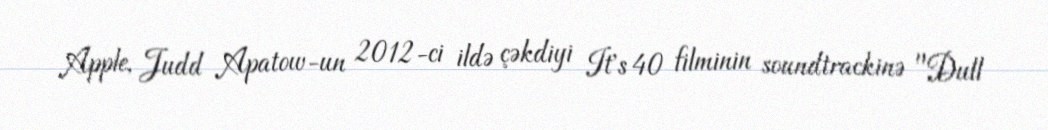
Apple, Judd Apatow-un 2012-ci ildə çəkdiyi It's 40 filminin soundtrackinə "Dull